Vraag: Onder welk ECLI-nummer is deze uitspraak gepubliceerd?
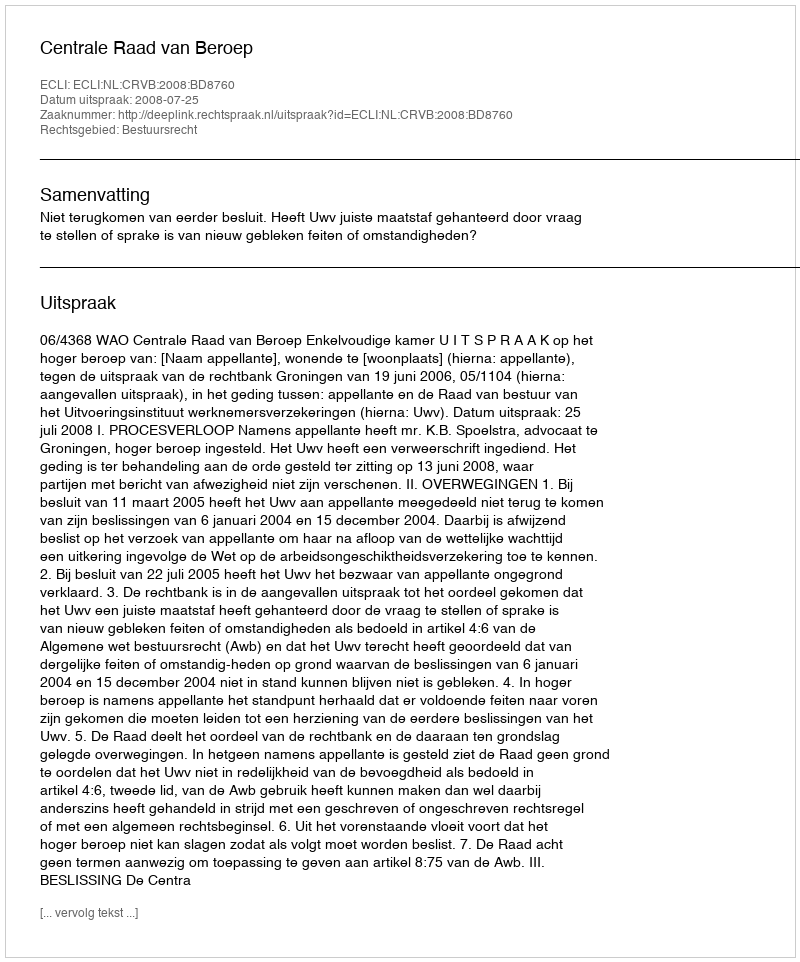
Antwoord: ECLI:NL:CRVB:2008:BD8760